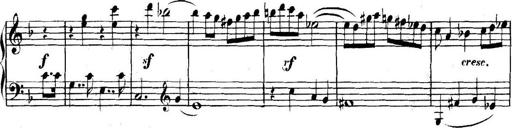
Title: Collected Piano Sonatas
Composer: Muzio Clementi